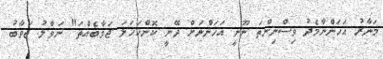
މަނާރު އަހަންނާމެދު ވިސްނިންތަ ނޫނީ އަހަންނަށް ދޭނީ ކޮންކަހަލަ ޖަވާބެއްތަ" ނަވާލު ޖަވާބު